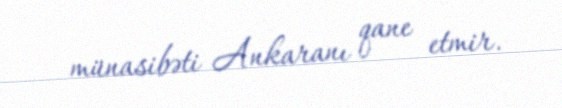
münasibəti Ankaranı qane etmir.